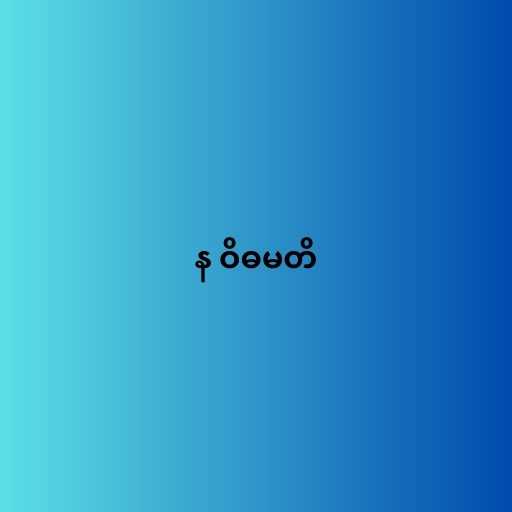
န ဝိဓမတိ